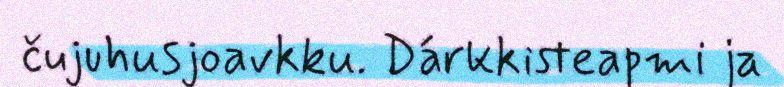
čujuhusjoavkku. Dárkkisteapmi ja